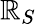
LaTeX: \mathbb{R}_{S}